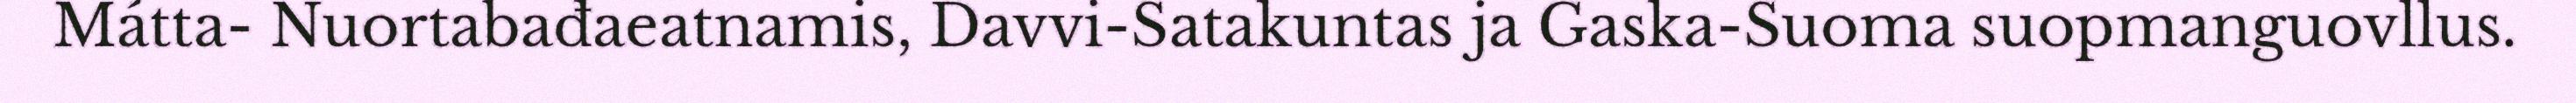
Mátta- Nuortabađaeatnamis, Davvi-Satakuntas ja Gaska-Suoma suopmanguovllus.